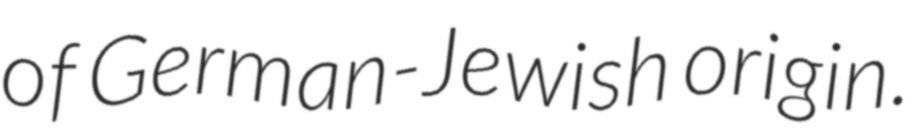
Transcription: of German-Jewish origin.